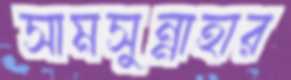
সামসুন্নাহার